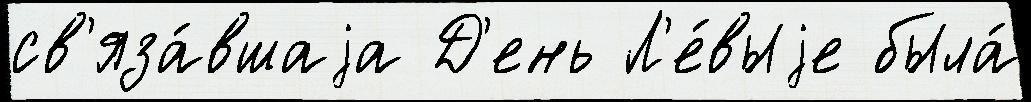
св'яза́вшаjа Д'ень Л'е́выjе была́